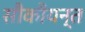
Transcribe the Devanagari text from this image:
सौकौयन्त